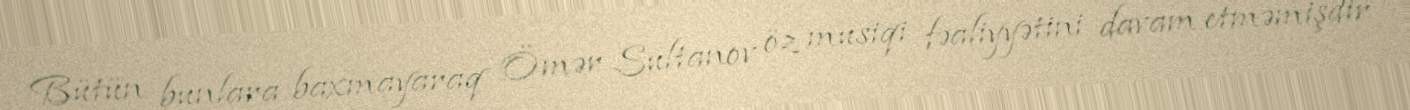
Bütün bunlara baxmayaraq Ömər Sultanov öz musiqi fəaliyyətini davam etməmişdir